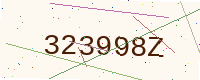
Text: 323998Z